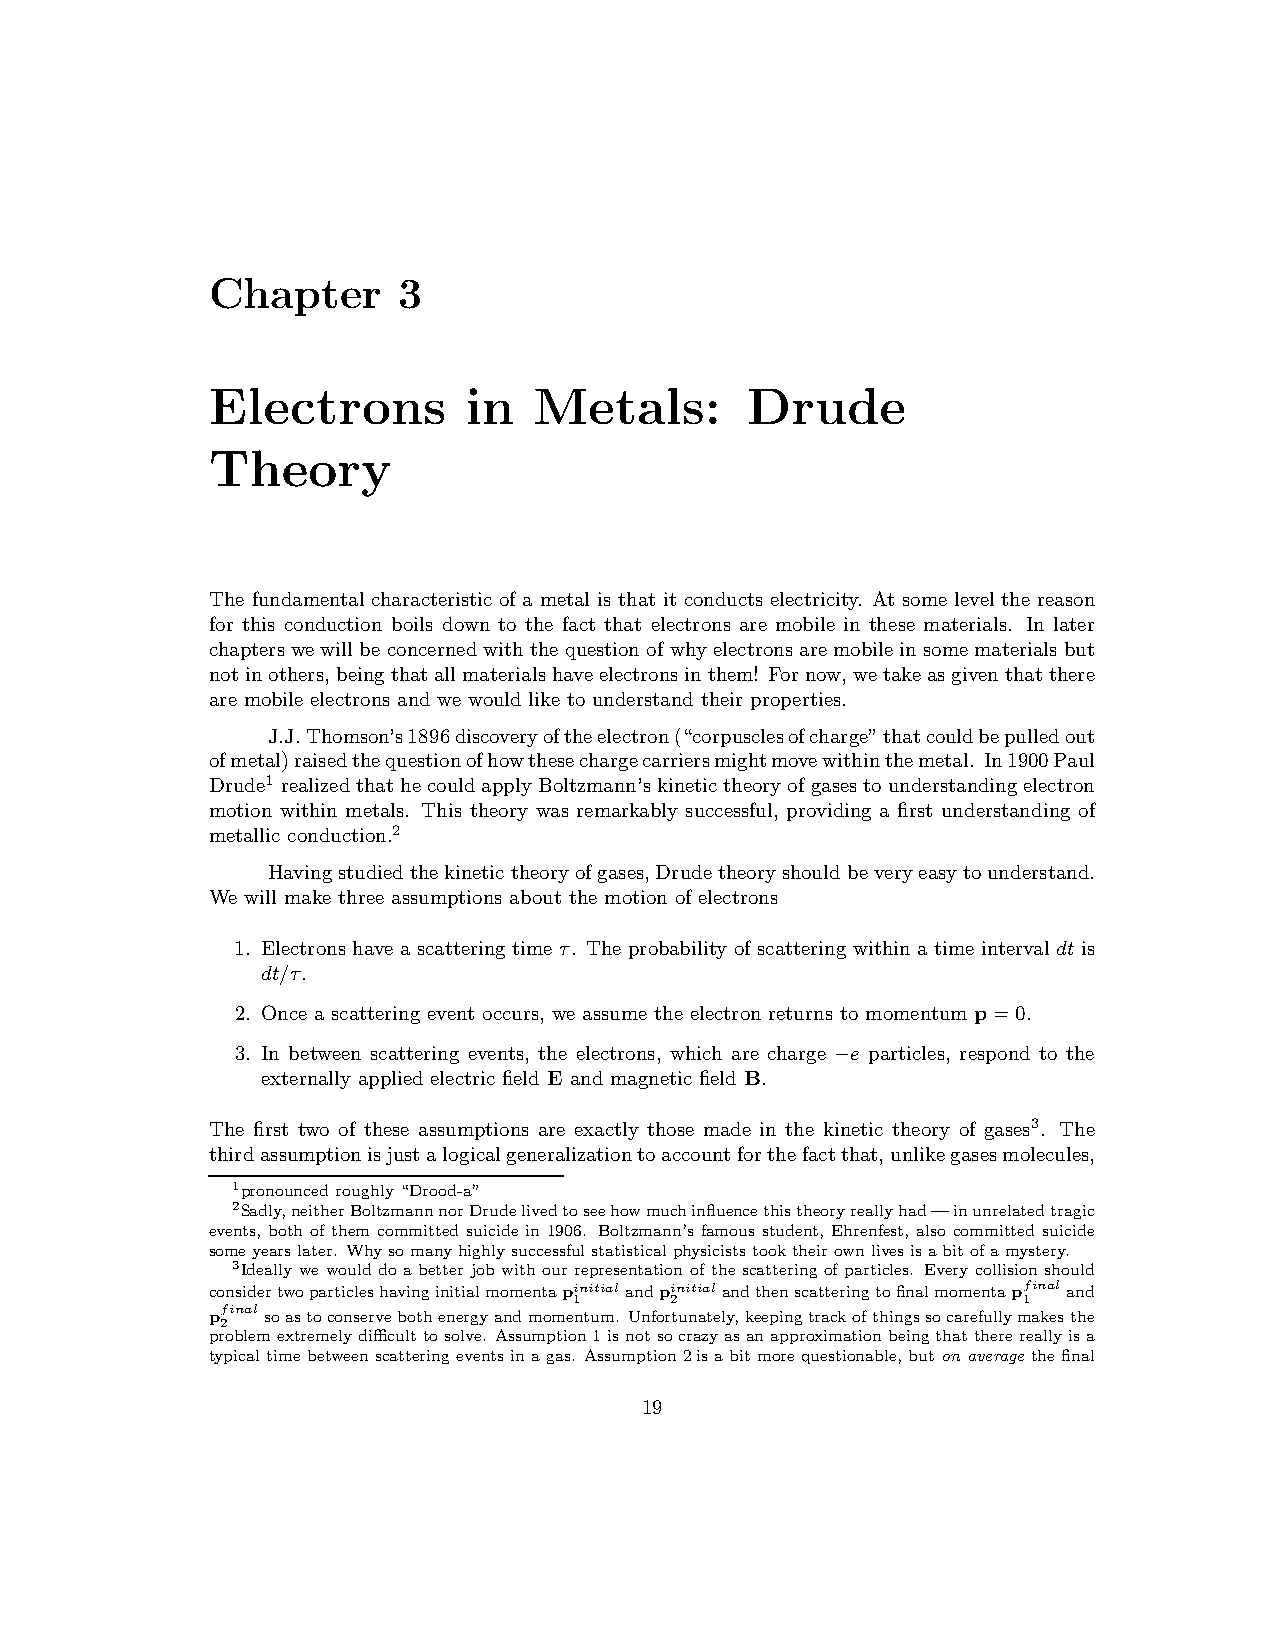
Chapter     3
 Electrons        in  Metals:       Drude
 Theory
 The fundamental characteristic of a metal is that it conducts electricity. At some level the reason
 for this conduction boils down to the fact that electrons are mobile in these materials. In later
 chapterswe willbe concernedwith the questionofwhy electronsaremobilein somematerialsbut
 notinothers,beingthatallmaterialshaveelectronsinthem! Fornow,wetakeasgiventhatthere
 are mobile electrons and we would like to understand their properties.
 J.J.Thomson’s1896discoveryoftheelectron(“corpusclesofcharge”thatcouldbepulledout
 ofmetal)raisedthequestionofhowthesechargecarriersmightmovewithinthemetal. In1900Paul
 Drude1 realizedthathe couldapplyBoltzmann’skinetictheoryofgasesto understandingelectron
 motion within metals. This theory was remarkably successful, providing a first understanding of
 metallic conduction.2
 Havingstudiedthekinetictheoryofgases,Drudetheoryshouldbeveryeasytounderstand.
 We will make three assumptions about the motion of electrons
 1. Electrons have a scattering time τ. The probability of scattering within a time interval dt is
 dt/τ.
 2. Once a scattering event occurs, we assume the electron returns to momentum p=0.
 3. In between scattering events, the electrons, which are charge e particles, respond to the
 −
 externally applied electric field E and magnetic field B.
 The first two of these assumptions are exactly those made in the kinetic theory of gases3. The
 thirdassumptionisjustalogicalgeneralizationtoaccountforthefactthat,unlikegasesmolecules,
 1pronounced roughly“Drood-a”
 2Sadly,neitherBoltzmannnorDrudelivedtoseehowmuchinfluencethistheoryreallyhad—inunrelatedtragic
 events, both of them committed suicide in 1906. Boltzmann’s famous student, Ehrenfest, also committed suicide
 someyearslater. Whysomanyhighlysuccessfulstatisticalphysiciststooktheirownlivesisabitofamystery.
 3Ideally we would do a better job with our representation of the scattering of particles. Every collisionshould
 considertwoparticleshavinginitialmomentapinitial andpinitial andthenscatteringtofinalmomentapfinal and
 1     2                       1
 pfinal soastoconservebothenergyandmomentum. Unfortunately,keepingtrackofthingssocarefullymakesthe
 2
 problemextremelydifficulttosolve. Assumption1isnotsocrazyasanapproximationbeingthattherereallyisa
 typical timebetween scattering events inagas. Assumption2isabitmorequestionable, buton average thefinal
 19